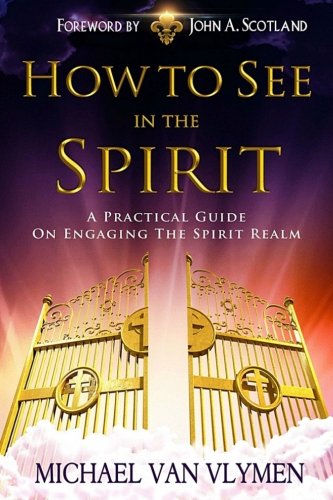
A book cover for How To See In The Spirit: A practical guide on engaging the spirit realm; Michael R. Van Vlymen; Christian Books & Bibles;